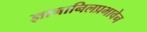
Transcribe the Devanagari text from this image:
ज्ञानानिलप्रभावेन